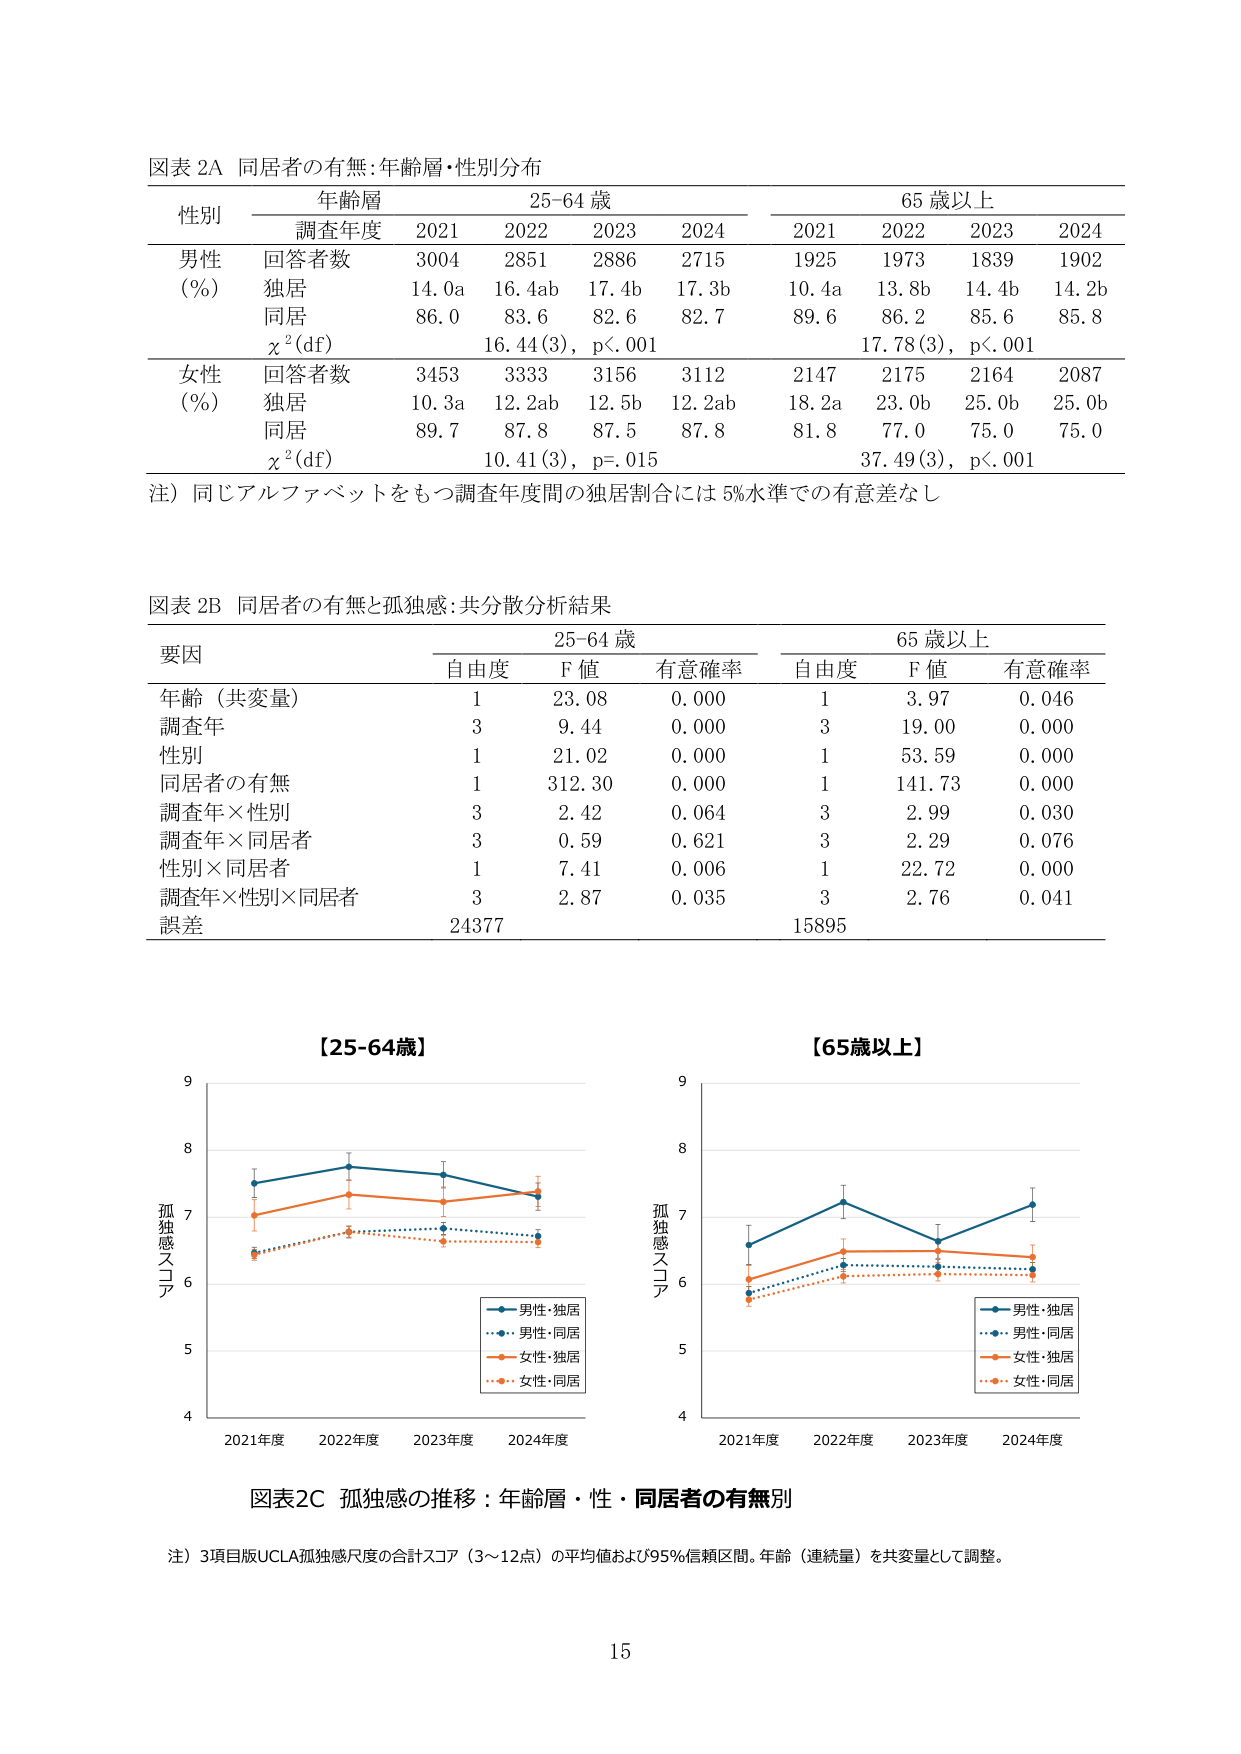
図表 2A 同居者の有無：年齢層・性別分布

性別 年齢層 25-64 歳 65 歳以上
　　　調査年度 2021 2022 2023 2024 2021 2022 2023 2024

男性 回答者数 3004 2851 2886 2715 1925 1973 1839 1902
(%) 独居 14.0a 16.4ab 17.4b 17.3b 10.4a 13.8b 14.4b 14.2b
　　同居 86.0 83.6 82.6 82.7 89.6 86.2 85.6 85.8
　　χ²(df) 16.44(3), p<.001 17.78(3), p<.001

女性 回答者数 3453 3333 3156 3112 2147 2175 2164 2087
(%) 独居 10.3a 12.2ab 12.5b 12.2ab 18.2a 23.0b 25.0b 25.0b
　　同居 89.7 87.8 87.5 87.8 81.8 77.0 75.0 75.0
　　χ²(df) 10.41(3), p=.015 37.49(3), p<.001

注）同じアルファベットをもつ調査年度間の独居割合には 5%水準での有意差なし

図表 2B 同居者の有無と孤独感：共分散分析結果

要因 25-64 歳 65 歳以上
　　　自由度 F 値 有意確率 自由度 F 値 有意確率

年齢（共変量） 1 23.08 0.000 1 3.97 0.046
調査年 3 9.44 0.000 3 19.00 0.000
性別 1 21.02 0.000 1 53.59 0.000
同居者の有無 1 312.30 0.000 1 141.73 0.000
調査年×性別 3 2.42 0.064 3 2.99 0.030
調査年×同居者 3 0.59 0.621 3 2.29 0.076
性別×同居者 1 7.41 0.006 1 22.72 0.000
調査年×性別×同居者 3 2.87 0.035 3 2.76 0.041
誤差 24377 15895

【25-64歳】
【65歳以上】

孤独感スコア
　　　9
　　　8
　　　7
　　　6
　　　5
　　　4
　　　2021年度 2022年度 2023年度 2024年度

　　　　■ 男性・独居
　　　　■ 男性・同居
　　　　■ 女性・独居
　　　　■ 女性・同居

孤独感スコア
　　　9
　　　8
　　　7
　　　6
　　　5
　　　4
　　　2021年度 2022年度 2023年度 2024年度

　　　　■ 男性・独居
　　　　■ 男性・同居
　　　　■ 女性・独居
　　　　■ 女性・同居

図表2C 孤独感の推移：年齢層・性・同居者の有無別

注）3項目版UCLA孤独感尺度の合計スコア（3～12点）の平均値および95%信頼区間。年齢（連続量）を共変量として調整。

15